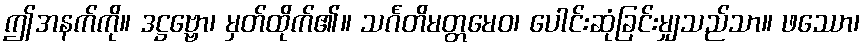
ဤအနက်ကို။ ဒဋ္ဌဗ္ဗော၊ မှတ်ထိုက်၏။ သင်္ဂတိမတ္တမေဝ၊ ပေါင်းဆုံခြင်းမျှသည်သာ။ ဖဿော၊